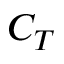
C _ { T }